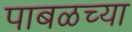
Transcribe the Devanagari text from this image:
पाबळच्या